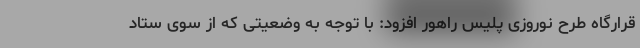
قرارگاه طرح نوروزی پلیس راهور افزود: با توجه به وضعیتی که از سوی ستاد